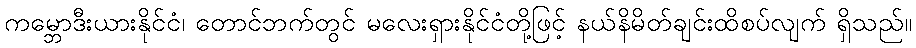
ကမ္ဘောဒီးယားနိုင်ငံ၊ တောင်ဘက်တွင် မလေးရှားနိုင်ငံတို့ဖြင့် နယ်နိမိတ်ချင်းထိစပ်လျက် ရှိသည်။